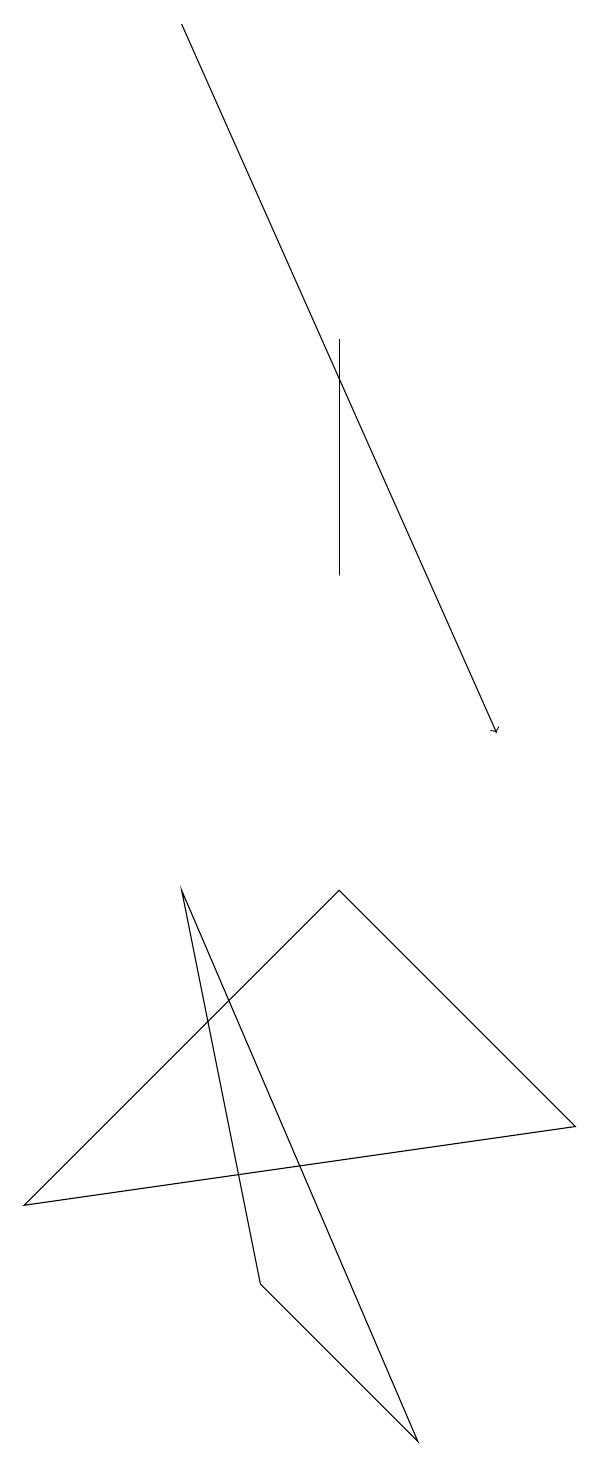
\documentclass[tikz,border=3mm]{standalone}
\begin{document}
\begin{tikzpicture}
\draw (4,12) rectangle (4,15);
\draw (3,3) -- (2,8) -- (5,1) -- cycle;
\draw[->] (2,19) -- (6,10);
\draw (0,4) -- (4,8) -- (7,5) -- cycle;
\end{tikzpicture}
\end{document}